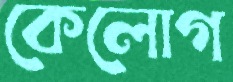
কেলোগ